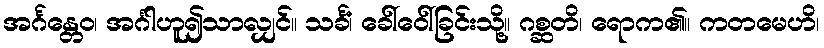
အင်္ဂန္တေဝ၊ အင်္ဂါဟူ၍သာလျှင်။ သင်္ခံ၊ ခေါ်ဝေါ်ခြင်းသို့။ ဂစ္ဆတိ၊ ရောက၏။ ကတမေဟိ၊